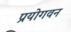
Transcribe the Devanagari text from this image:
प्रयोगवन